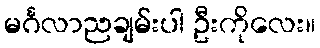
မင်္ဂလာညချမ်းပါ ဦးကိုလေး။